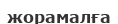
жорамалға